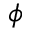
\phi